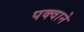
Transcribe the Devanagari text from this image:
पक्वाने